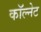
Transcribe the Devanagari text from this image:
कॉल्नेट